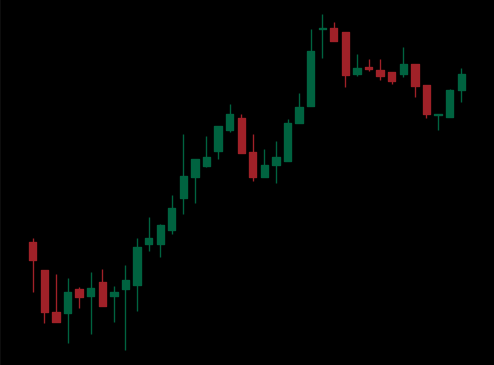
Pattern: bear_flag